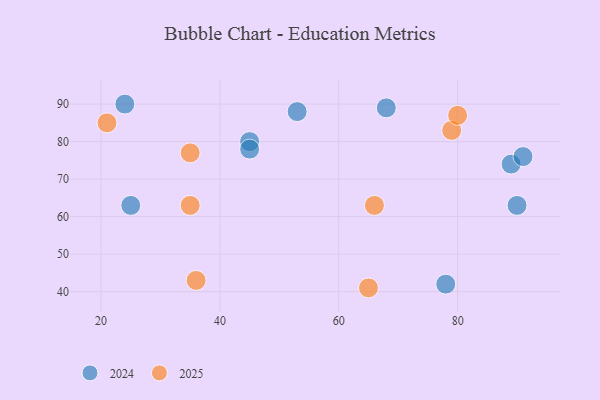
{"axis": {"x": "GDP", "y": "Life Expectancy"}, "legend": ["2024", "2025"], "data": [{"x": "24", "y": 90, "type": "2024"}, {"x": "89", "y": 74, "type": "2024"}, {"x": "25", "y": 63, "type": "2024"}, {"x": "53", "y": 88, "type": "2024"}, {"x": "45", "y": 80, "type": "2024"}, {"x": "68", "y": 89, "type": "2024"}, {"x": "78", "y": 42, "type": "2024"}, {"x": "90", "y": 63, "type": "2024"}, {"x": "91", "y": 76, "type": "2024"}, {"x": "45", "y": 78, "type": "2024"}, {"x": "79", "y": 83, "type": "2025"}, {"x": "36", "y": 43, "type": "2025"}, {"x": "35", "y": 77, "type": "2025"}, {"x": "21", "y": 85, "type": "2025"}, {"x": "66", "y": 63, "type": "2025"}, {"x": "65", "y": 41, "type": "2025"}, {"x": "80", "y": 87, "type": "2025"}, {"x": "35", "y": 63, "type": "2025"}]}